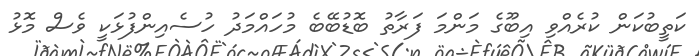
ކަތީބުކަން ކުރެއްވި އިބޫގެ މަންމަ ފަރާތު ބޮޑުބޭބެ މުހައްމަދު ހުސެއިންފުޅަކީ ވެސް މޮޅު